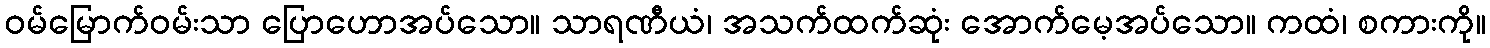
ဝမ်မြောက်ဝမ်းသာ ပြောဟောအပ်သော။ သာရဏီယံ၊ အသက်ထက်ဆုံး အောက်မေ့အပ်သော။ ကထံ၊ စကားကို။